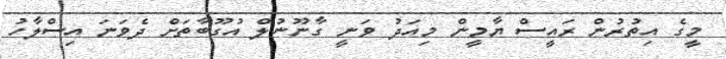
މީގެ އިތުރުން ރައީސް ޔާމީން މިއަދު ވަނީ ގާނޫނުލް އުގޫބާތަށް ދެވަނަ އިސްލާހު